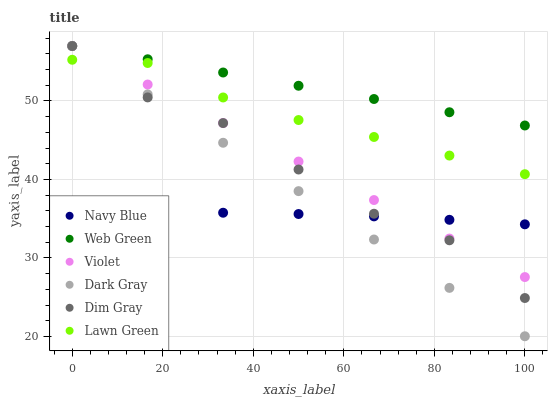
| xaxis_label | Navy Blue | Web Green | Violet | Dark Gray | Dim Gray | Lawn Green |
 | --- | --- | --- | --- | --- | --- | --- |
 | 0 | 35.7 | 57 | 57 | 57 | 57 | 55.2 |
 | 16.7 | 35.8 | 55.3 | 52.1 | 50.8 | 50.5 | 54.8 |
 | 33.3 | 35.8 | 53.6 | 47.2 | 44.7 | 47.2 | 50.4 |
 | 50 | 35.6 | 51.9 | 42.3 | 38.5 | 41.3 | 47.6 |
 | 66.7 | 35.3 | 50.3 | 37.4 | 32.4 | 35.6 | 45.4 |
 | 83.3 | 34.9 | 48.6 | 32.5 | 26.2 | 32.3 | 43 |
 | 100 | 34.3 | 46.9 | 27.6 | 20 | 24.9 | 40.7 |